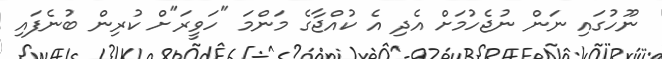
ނޫހުގައި ނަން ނުޖެހުމަށް އެދި އެ ކުއްޖާގެ މަންމަ "ހަވީރަ"ށް ކުރިން ބުނެފައި